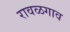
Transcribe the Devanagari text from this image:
रावळगाव